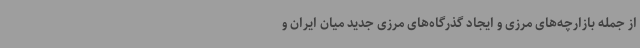
از جمله بازارچه‌های مرزی و ایجاد گذرگاه‌های مرزی جدید میان ایران و